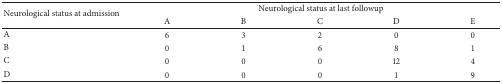
<table><thead><tr><td rowspan="2"><b>Neurological status at admission</b></td><td colspan="5"><b>Neurological status at last followup</b></td></tr><tr><td><b>A</b></td><td><b>B</b></td><td><b>C</b></td><td><b>D</b></td><td><b>E</b></td></tr></thead><tbody><tr><td>A</td><td>6</td><td>3</td><td>2</td><td>0</td><td>0</td></tr><tr><td>B</td><td>0</td><td>1</td><td>6</td><td>8</td><td>1</td></tr><tr><td>C</td><td>0</td><td>0</td><td>0</td><td>12</td><td>4</td></tr><tr><td>D</td><td>0</td><td>0</td><td>0</td><td>1</td><td>9</td></tr></tbody></table>